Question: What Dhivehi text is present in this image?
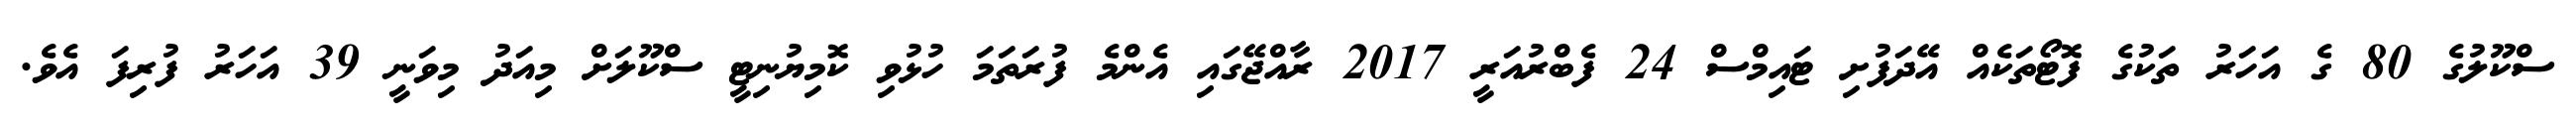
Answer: ސްކޫލުގެ 80 ގެ އަހަރު ތަކުގެ ފޮޓޯތަކެއް އޭދަފުށި ޓައިމްސް 24 ފެބްރުއަރީ 2017 ރާއްޖޭގައި އެންމެ ފުރަތަމަ ހުޅުވި ކޮމިޔުނިޓީ ސްކޫލަށް މިއަދު މިވަނީ 39 އަހަރު ފުރިފަ އެވެ.